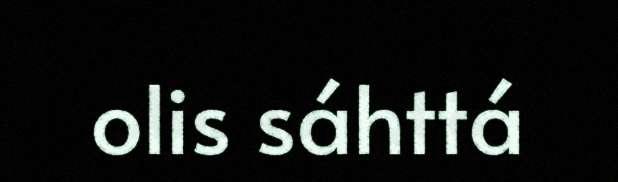
olis sáhttá